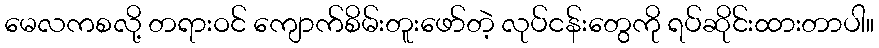
မေလကစလို့ တရားဝင် ကျောက်စိမ်းတူးဖော်တဲ့ လုပ်ငန်းတွေကို ရပ်ဆိုင်းထားတာပါ။